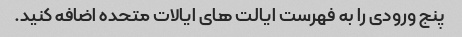
پنج ورودی را به فهرست ایالت های ایالات متحده اضافه کنید.